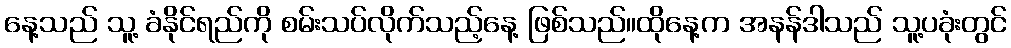
နေ့သည် သူ့ ခံနိုင်ရည်ကို စမ်းသပ်လိုက်သည့်နေ့ ဖြစ်သည်။ထိုနေ့က အနန်ဒါသည် သူ့ပခုံးတွင်